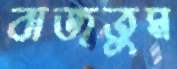
বাজতুম